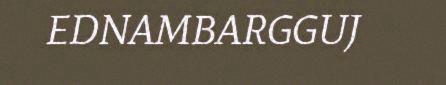
EDNAMBARGGUJ